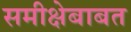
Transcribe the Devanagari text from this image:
समीक्षेबाबत